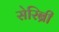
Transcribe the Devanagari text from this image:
सेरिब्री